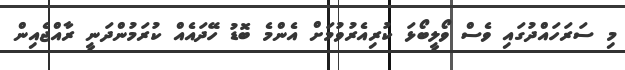
މި ސަރަހައްދުގައި ވެސް ވޯލީބޯޅަ ކުރިއެރުވުމަށް އެންމެ ބޮޑު ހޭދައެއް ކުރަމުންދަނީ ރާއްޖެއިން